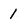
Character: 1